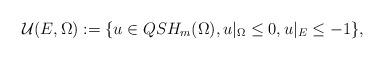
LaTeX: \begin{align*} \mathcal{U}( E ,\Omega): =\{ u\in QSH_m(\Omega) , u\vert_{\Omega}\leq 0,u\vert_{E}\leq -1 \}, \end{align*}